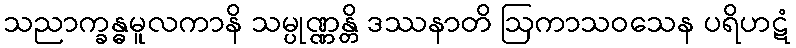
သညာက္ခန္ဓမူလကာနိ သမ္ပုဏ္ဏန္တိ ဒဿနာတိ ဩကာသဝသေန ပရိဟဋံ